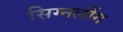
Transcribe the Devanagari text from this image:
सिग्नलींग